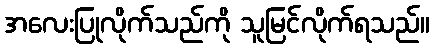
အလေးပြုလိုက်သည်ကို သူမြင်လိုက်ရသည်။